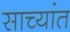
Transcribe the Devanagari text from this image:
साच्यांत